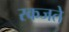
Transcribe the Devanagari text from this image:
रकजते